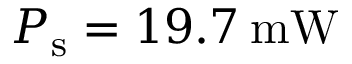
P _ { \mathrm { s } } = 1 9 . 7 \: \mathrm { m W }